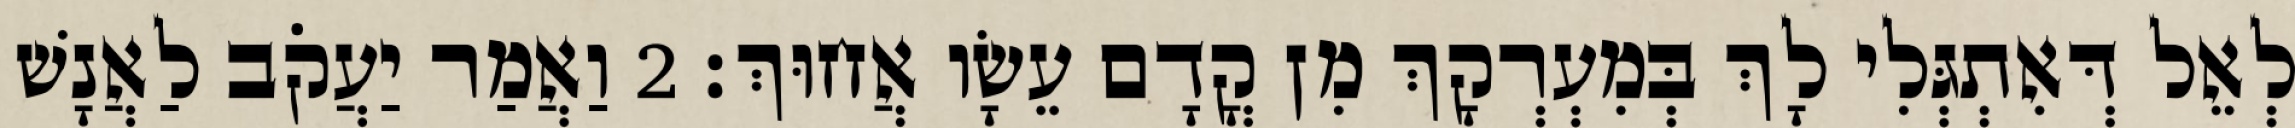
לְאֵל דְּאִתְגְּלִי לָךְ בְּמִעְרְקָךְ מִן קֳדָם עֵשָׂו אֲחוּךְ׃ 2 וַאֲמַר יַעֲקֹב לַאֲנָשׁ